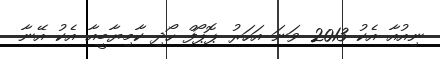
ނިއުއާ އެކު 2013 ވަނަ އަހަރު ޕޮޕޯފް ހޯދި ކާމިޔާބީއާ އެކު އޭނާ